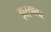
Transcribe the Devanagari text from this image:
झऱ्यावर